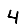
Digit: 4